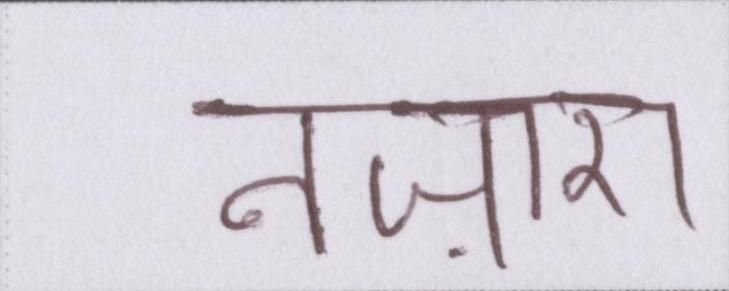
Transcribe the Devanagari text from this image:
नज़ारा